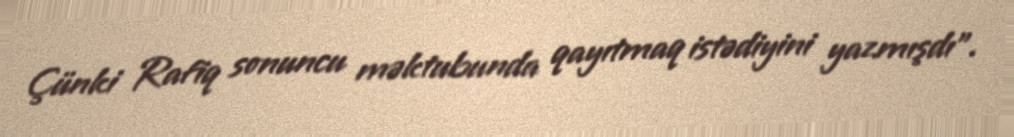
Çünki Rafiq sonuncu məktubunda qayıtmaq istədiyini yazmışdı”.